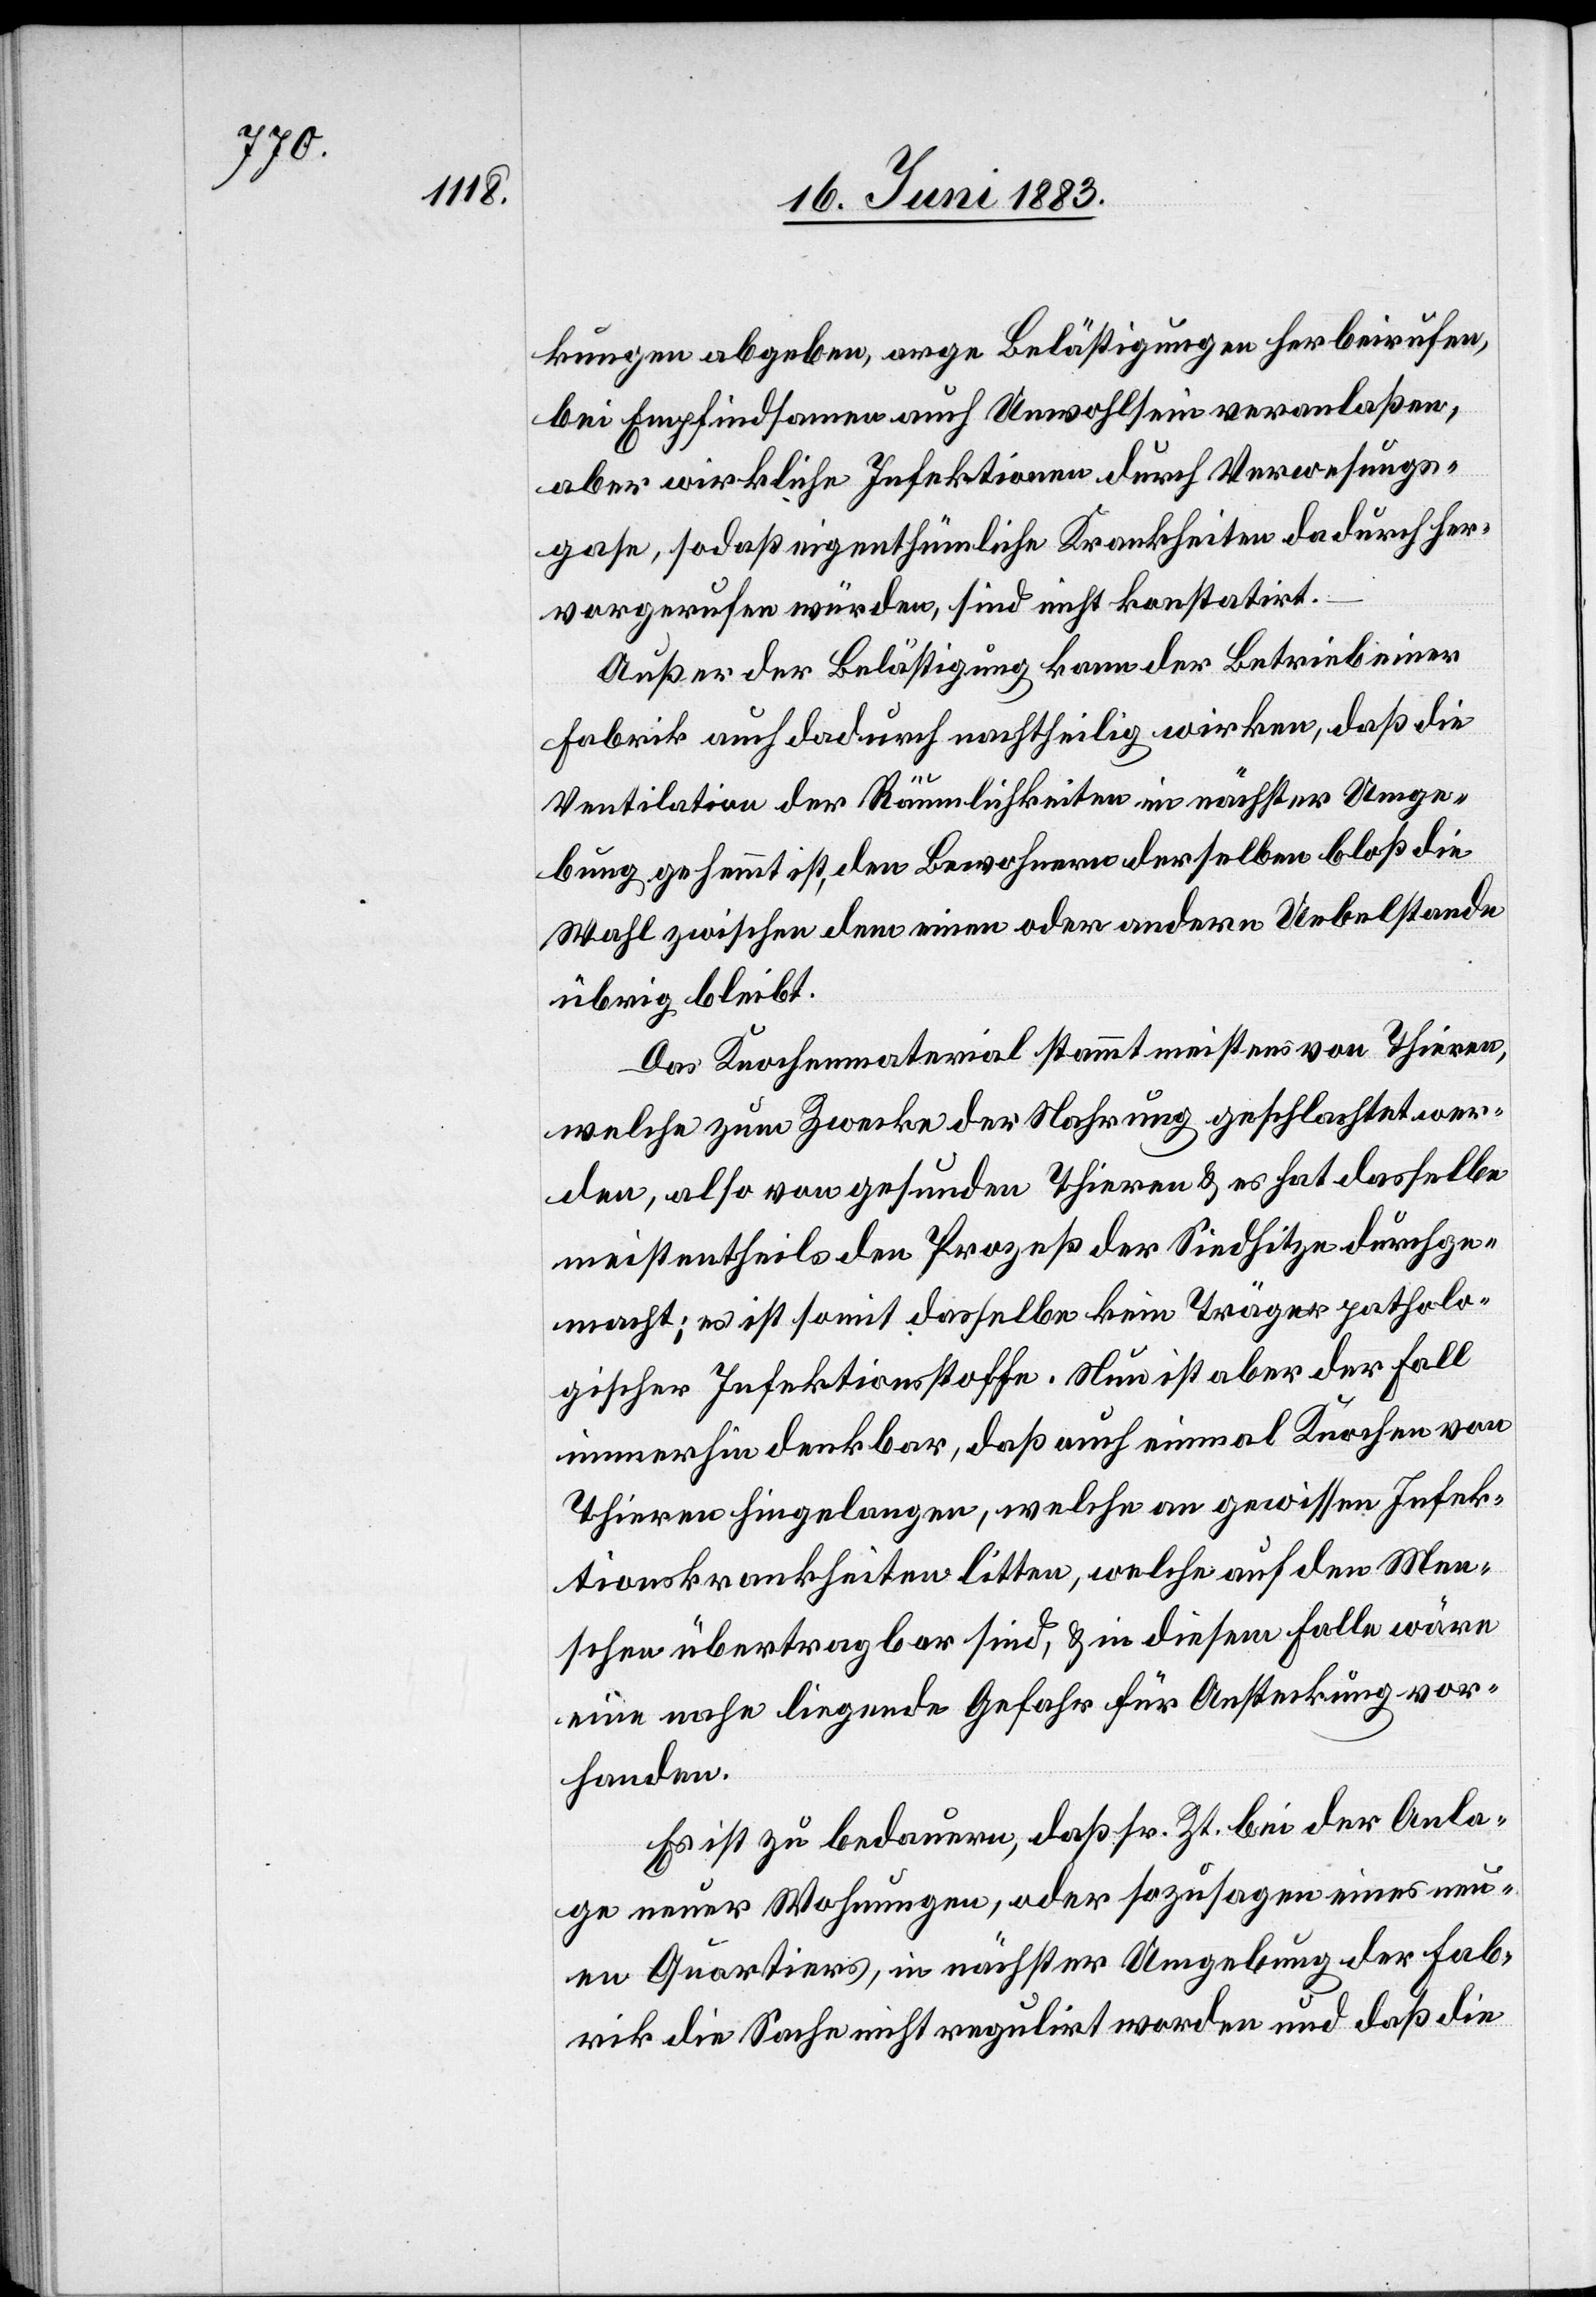
kungen abgeben, arge Belästigungen herbeirufen,
bei Empfindsamen auch Unwohlsein veranlaßen,
aber wirkliche Infektionen durch Verwesungs¬
gase, sodaß eigenthümliche Krankheiten dadurch her¬
vorgerufen würden, sind nicht konstatirt.
Außer der Belästigung kann der Betrieb einer
Fabrik auch dadurch nachtheilig wirken, daß die
Ventilation der Räumlichkeiten in nächster Umge¬
bung gehemmt ist, den Bewohnern derselben bloß die
Wahl zwischen dem einen oder andern Uebelstande
übrig bleibt.
Das Knochenmaterial stammt meistens von Thieren,
welche zum Zwecke der Nahrung geschlachtet wer¬
den, also von gesunden Thieren & es hat dasselbe
meistentheils den Prozeß der Siedhitze durchge¬
macht; es ist somit dasselbe kein Träger patholo¬
gischer Infektionsstoffe. Nun ist aber der Fall
immerhin denkbar, das auch einmal Knochen von
Thieren hingelangen, welche an gewissen Infek¬
ionskrankheiten litten, welche auf den Men¬
schen übertragbar sind, & in diesem Falle wäre
eine nahe liegende Gefahr für Ansteckung vor¬
handen.
Es ist zu bedauern, daß sr. Zt. bei der Anla¬
ge neuer Wohnungen, oder sozusagen eines neu¬
en Quartieres, in nächster Umgebung der Fab¬
rik die Sache nicht regulirt worden und daß die